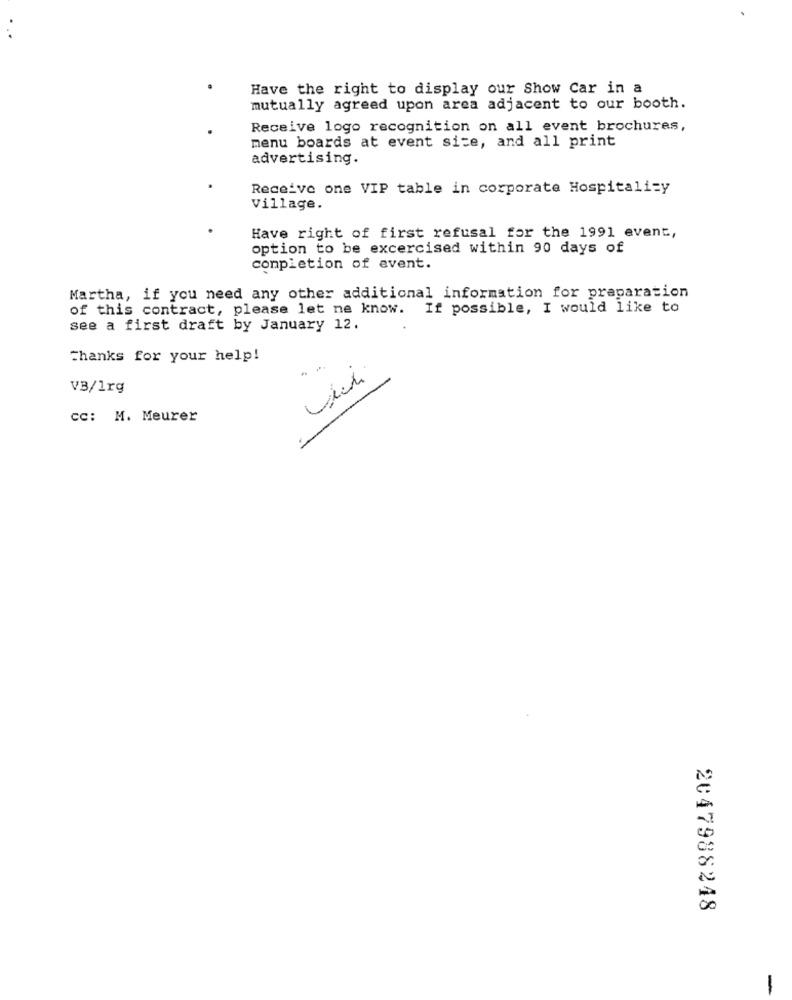
Have the right to display our Show Car in a
mutually agreed upon area adjacent to our booth.
Receive logo recognition on all event brochures,
menu boards at event site, and all print
advertising.
Receive one VIP table in corporate Hospitality
Village.
Have right of first refusal for the 1991 event,
option to be excercised within 90 days of
completion of event.
Martha, if you need any other additional information for praparation
of this contract, please let me know. If possible, I would like to
see a first draft by January 12.
Thanks for your help!
VB/1rg
cc: M. Meurer
2047988248
-